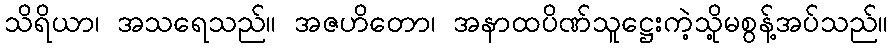
သိရိယာ၊ အသရေသည်။ အဇဟိတော၊ အနာထပိဏ်သူဋ္ဌေးကဲ့သို့မစွန့်အပ်သည်။